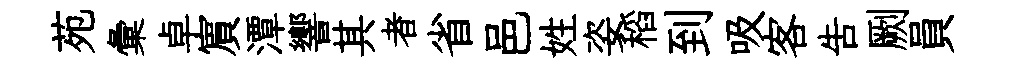
苑彙卓賔潭響其者省邑姓姿稻到吸客吿劂員